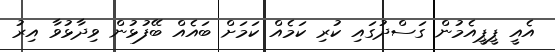
އެއީ ޕީޕީއެމުން ގަސްދުގައި ކުރި ކަމެއް ކަމަށް ބައެއް ބޭފުޅުން ވިދާޅުވާ އިރު